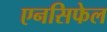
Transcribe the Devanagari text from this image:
एनसिफेल